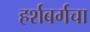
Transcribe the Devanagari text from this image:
हर्शबर्गचा